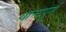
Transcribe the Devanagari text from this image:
धान्यपूर्ण